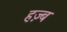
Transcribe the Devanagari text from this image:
हज़्ब